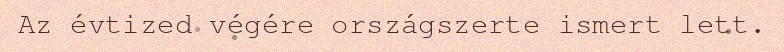
Az évtized végére országszerte ismert lett.